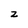
Character: z